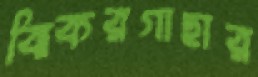
ঝিকরগাছার